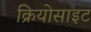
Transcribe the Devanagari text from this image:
क्रियोसाइट